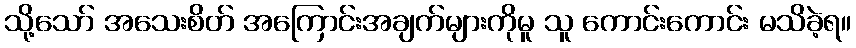
သို့သော် အသေးစိတ် အကြောင်းအချက်များကိုမူ သူ ကောင်းကောင်း မသိခဲ့ရ။